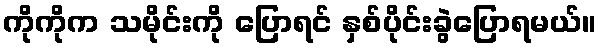
ကိုကိုက သမိုင်းကို ပြောရင် နှစ်ပိုင်းခွဲပြောရမယ်။